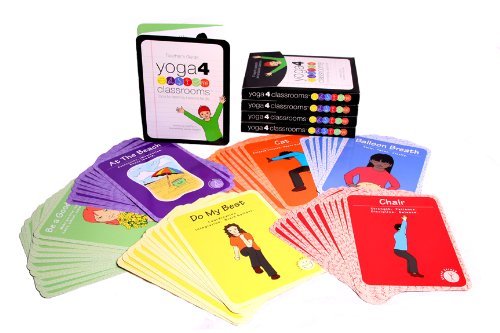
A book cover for Yoga 4 Classrooms Activity Card Deck; Lisa Flynn; Health, Fitness & Dieting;